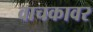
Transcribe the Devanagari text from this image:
वाचकावर